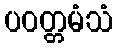
ပဝတ္တမံသံ